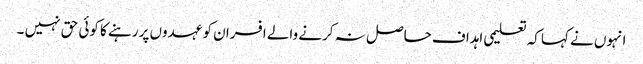
انہوں نے کہا کہ تعلیمی اہداف حاصل نہ کرنے والے افسران کو عہدوں پر رہنے کا کوئی حق نہیں ۔